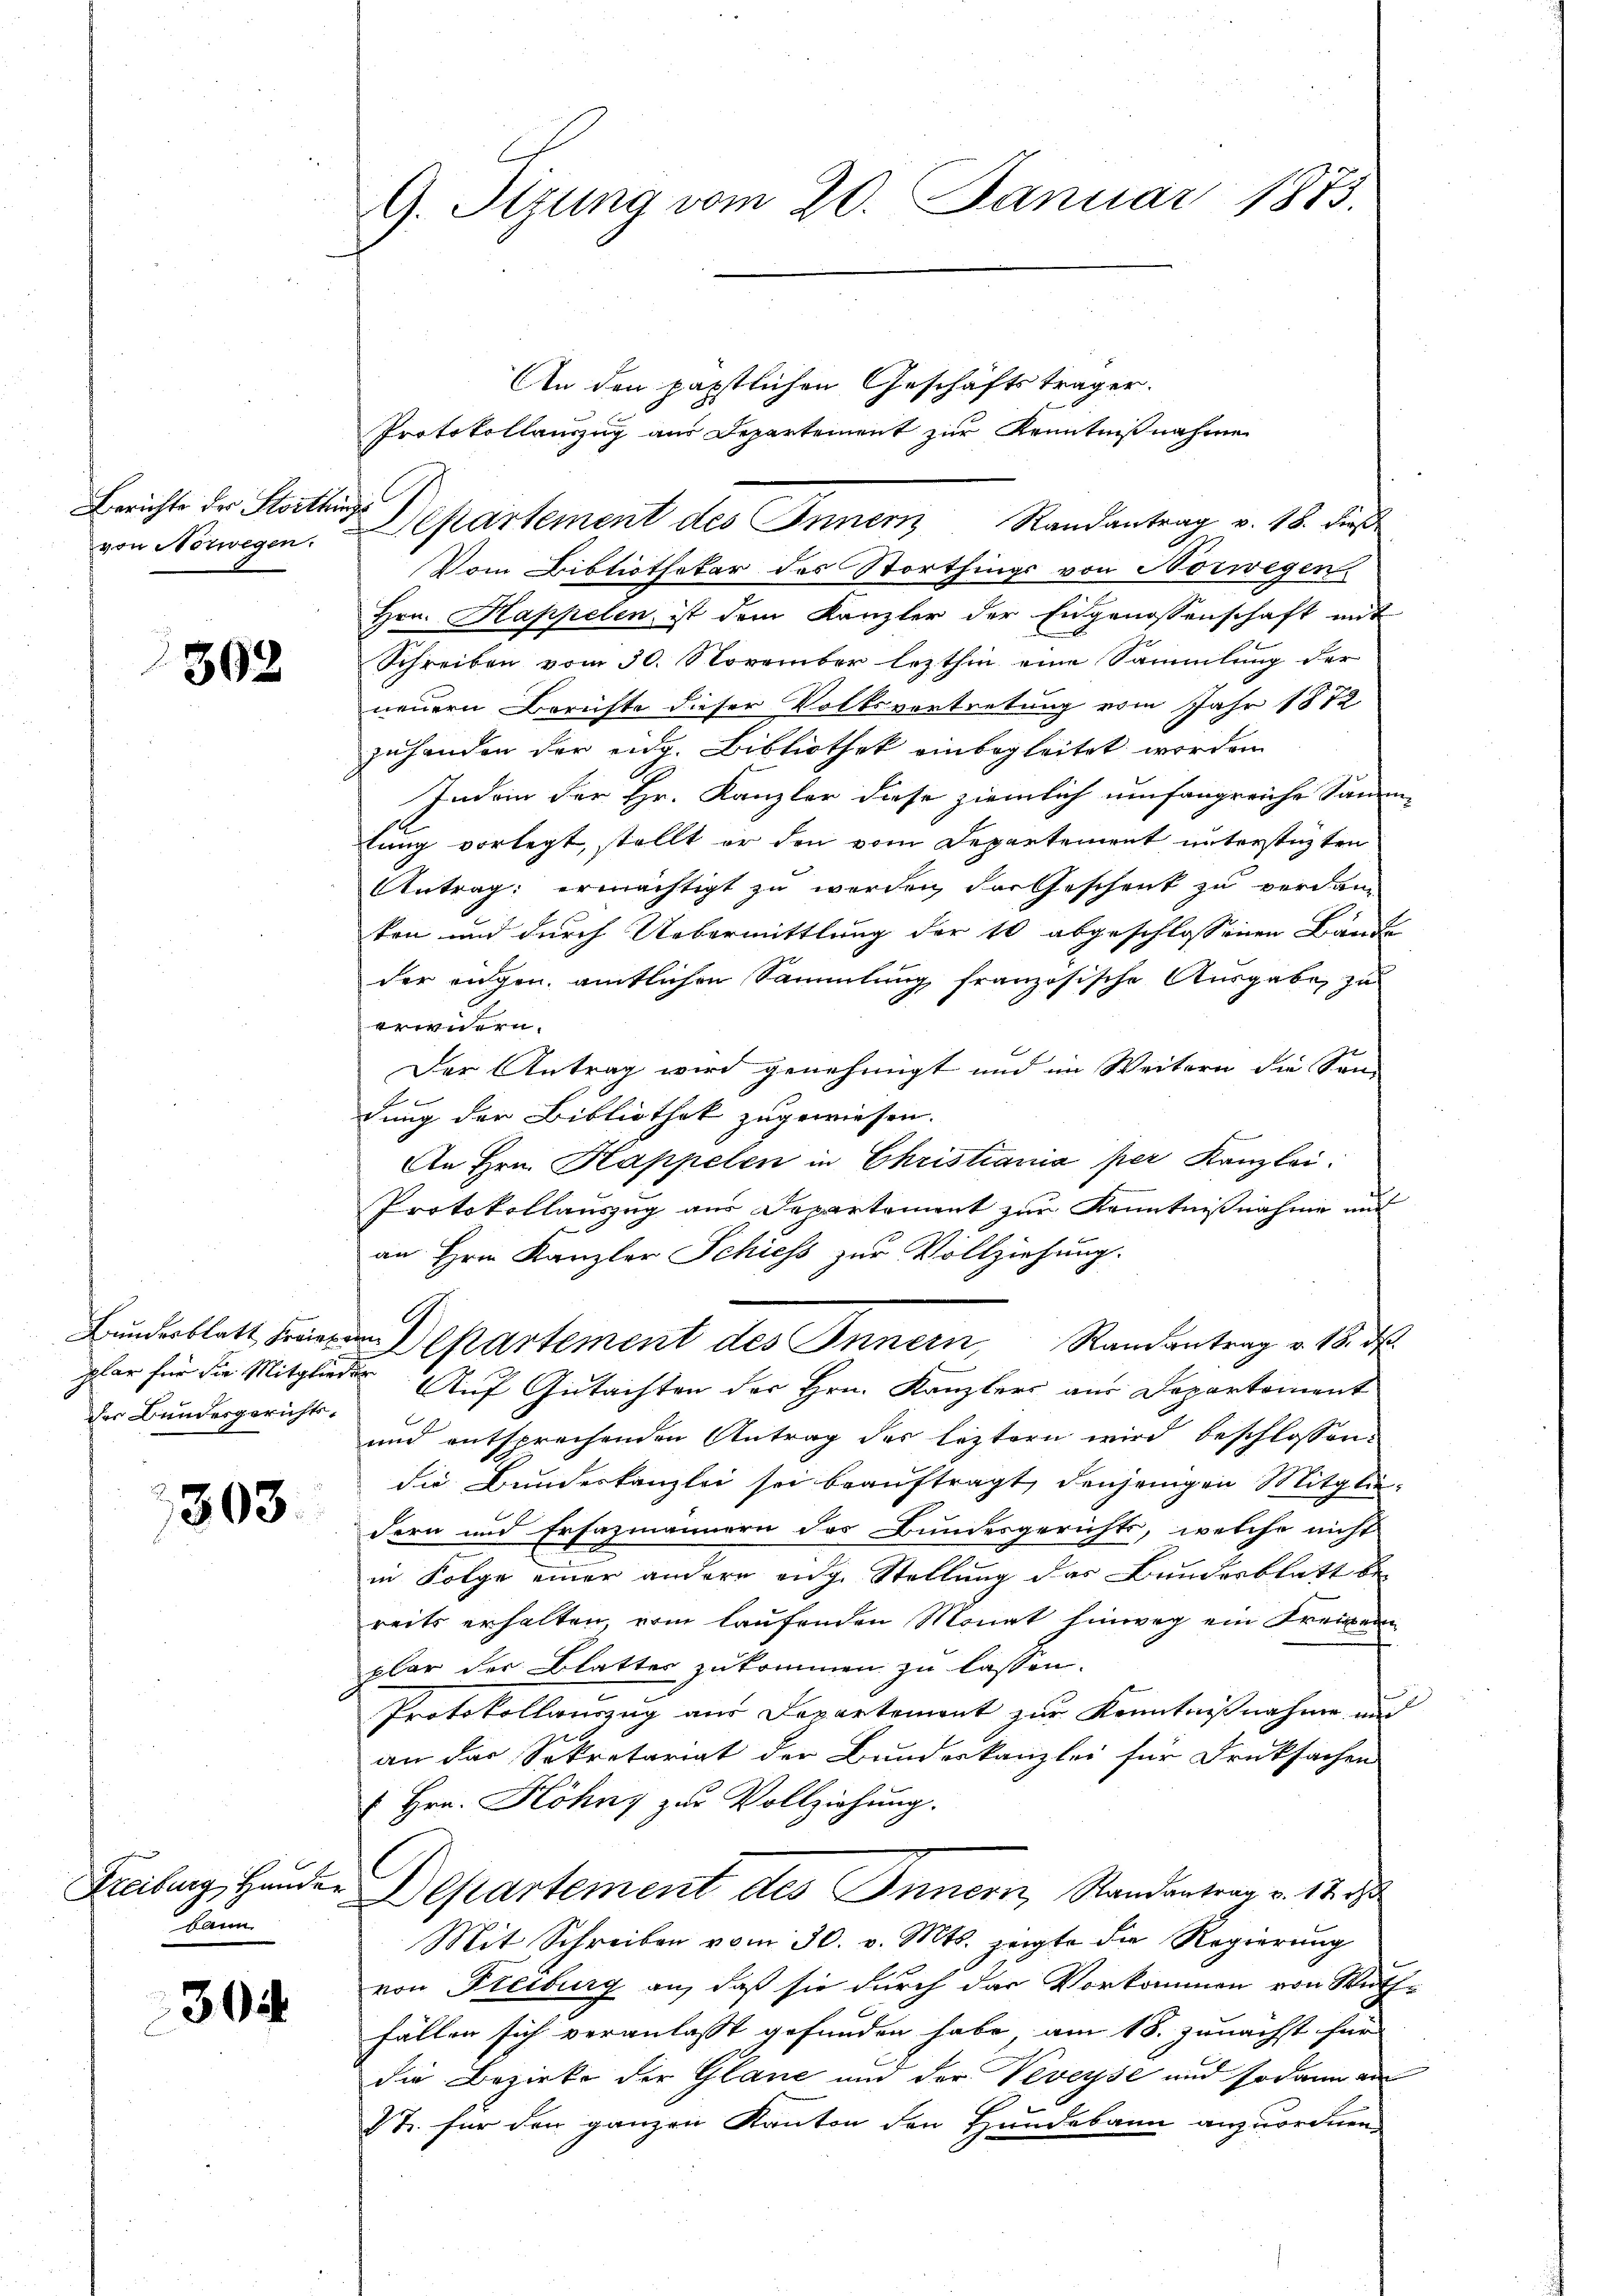
Berichte der Korthinges
von Norwegen.

302

plar für die Mitgliede
der Bundesgerichts-

303.

Freiburg, Hander
kann.

30

G. Tizung vom 20. Januar 1873.

An den päpstlichen Geschäftsträger.
Protokollauszug aus Departement zur Kenntnißnahme
Vom Bibliothekar des Storthings von Norwegen
Hrn. Kappelen ist dem Kanzler der Engenossenschaft mit
Schreiben vom 30. November lezthin eine Sammlung der
neuern Berichte dieser Volksvertretung vom Jahr 1872.
zuhanden der eidg. Bibliothek einbegleitet worden
Indem der Hr. Kanzler diese ziemlich umfangreiche Samm-
tung vorlegt, stellt er den vom Departement unterstüzten
Antrag: ermächtigt zu werden der Geschenk zu verdanten und durch Uebermittlung der 10 abgeschlossenen Bande
der engen amtlichen Sammlung französische Ausgabe, zu
erwidern.
Der Antrag wird genehmigt und im Weitern die Son-
dung der Bibliothek zugewiesen.
An Hrn. Kappelen in Christiania per Kanzlei:
Protokollauszug aus Departement zur Kenntnißnahme und
an Hrn. Kanzler Schiess zur Vollziehung.
Bundesblatt Freieren Departement des Innern, Randantrag v. 18. ds.
Auf Gutachten der Hrn. Kanzlers aus Departement
und entsprechenden Antrag der leztern wird beschlossen:
die Bundeskanzlei sei beauftragt, denjenigen Mitglie-
dern und Ersazmännern des Bundesgerichts, welche nicht
in Folge einer andere aug. Stellung des Bunderblatt be-
reits erhalten, vom laufenden Monat hinweg ein Freizern
plar der Blatter zukommen zu lassen.
Protokollauszug aus Departement zur Kenntnißnahme, und
an das Sekretariat der Bundeskanzlei für Drucksachen
& Hrn. Köhnz zur Vollziehung.
Departement des Innern, Randantrag v. 12.
Mit Schreiben vom 30. v. Mts. zeigte die Regierŭng
von Freiburg an, daß sie durch das Vorkommen von Wuth-
fällen sich veranlasst gefunden habe, am 18. zunächst für
die Bezirke der Glane und der Veveyse und sodann an
1t. für den ganzen Kanton den Hundebann anzuordnen.

Departement des Inner Randantrag v. 18. dieß